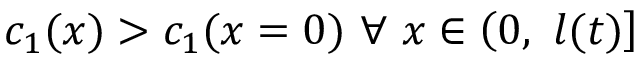
c _ { 1 } ( x ) > c _ { 1 } ( x = 0 ) ~ \forall ~ x \in \left( 0 , ~ l ( t ) \right]